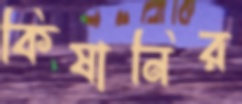
কিষানির